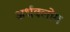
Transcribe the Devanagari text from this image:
अर्धक्लोम